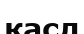
касл